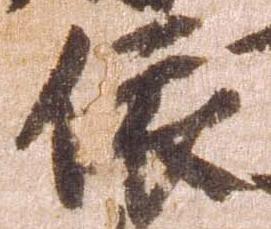
依